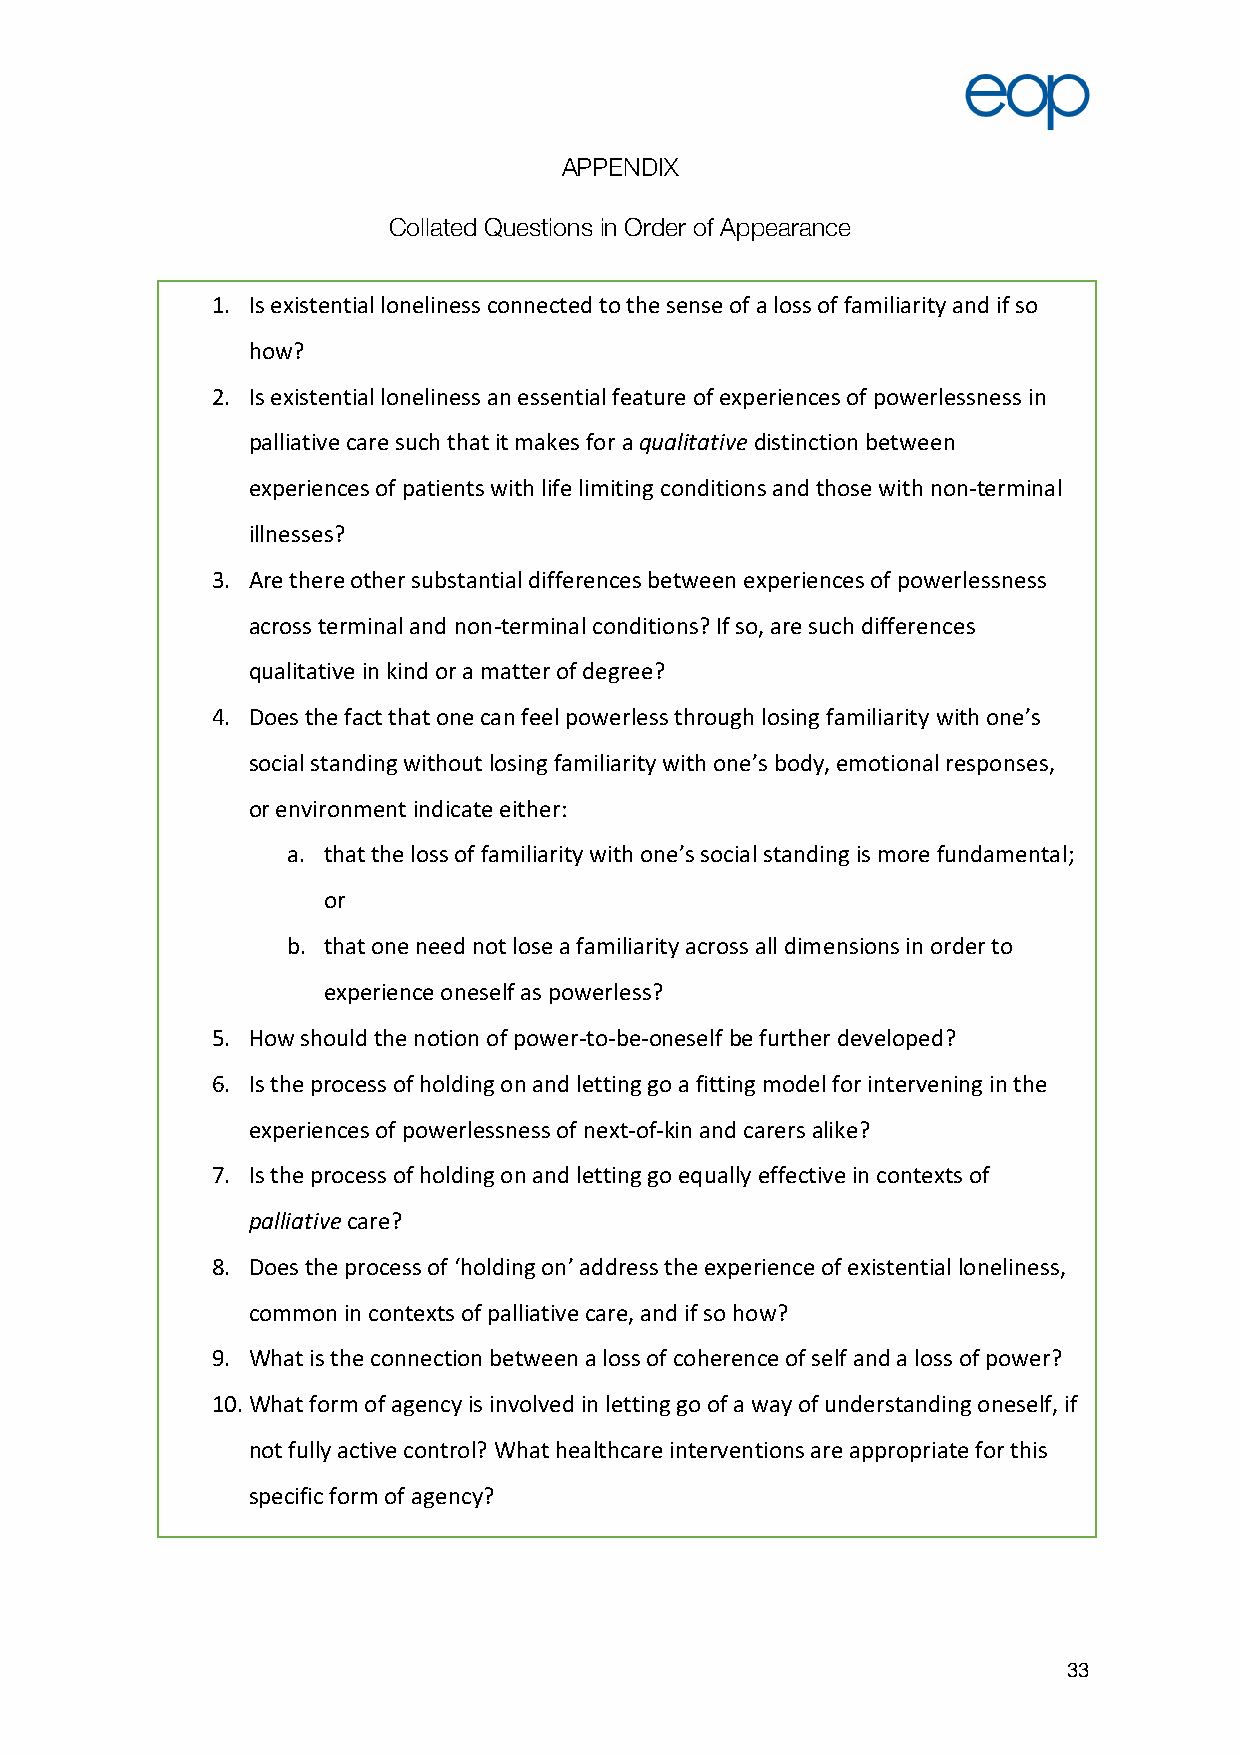
APPENDIX
 Collated Questions in Order of Appearance
 1. Is existential loneliness connected to the sense of a loss of familiarity and if so
 how?
 2. Is existential loneliness an essential feature of experiences of powerlessness in
 palliative care such that it makes for a qualitative distinction between
 experiences of patients with life limiting conditions and those with non-terminal
 illnesses?
 3. Are there other substantial differences between experiences of powerlessness
 across terminal and non-terminal conditions? If so, are such differences
 qualitative in kind or a matter of degree?
 4. Does the fact that one can feel powerless through losing familiarity with one’s
 social standing without losing familiarity with one’s body, emotional responses,
 or environment indicate either:
 a. that the loss of familiarity with one’s social standing is more fundamental;
 or
 b. that one need not lose a familiarity across all dimensions in order to
 experience oneself as powerless?
 5. How should the notion of power-to-be-oneself be further developed?
 6. Is the process of holding on and letting go a fitting model for intervening in the
 experiences of powerlessness of next-of-kin and carers alike?
 7. Is the process of holding on and letting go equally effective in contexts of
 palliative care?
 8. Does the process of ‘holding on’ address the experience of existential loneliness,
 common in contexts of palliative care, and if so how?
 9. What is the connection between a loss of coherence of self and a loss of power?
 10.What form of agency is involved in letting go of a way of understanding oneself, if
 not fully active control? What healthcare interventions are appropriate for this
 specific form of agency?
 33